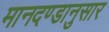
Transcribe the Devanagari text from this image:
मानदण्डानुसार